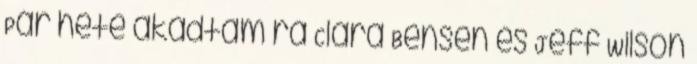
Pár hete akadtam rá Clara Bensen és Jeff Wilson